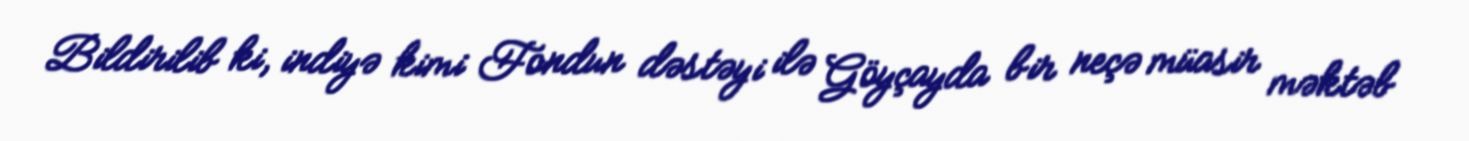
Bildirilib ki, indiyə kimi Fondun dəstəyi ilə Göyçayda bir neçə müasir məktəb